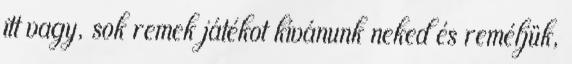
itt vagy, sok remek játékot kívánunk neked és reméljük,